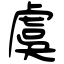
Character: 虞